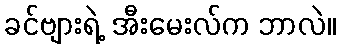
ခင်ဗျားရဲ့ အီးမေးလ်က ဘာလဲ။